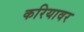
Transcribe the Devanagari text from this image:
करियावर